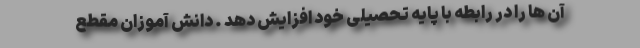
آن ها را در رابطه با پایه تحصیلی خود افزایش دهد . دانش آموزان مقطع